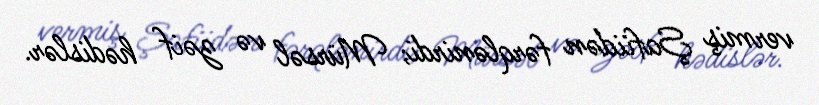
vermiş Şafiidən fərqlənirdi; Mürsəl və zəif hədislər.